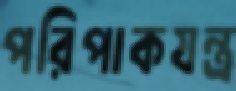
পরিপাকযন্ত্র